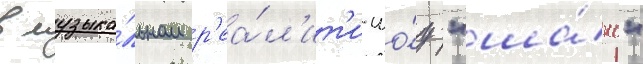
в музыка́льном р'еа́л'ит'и-шо́у "ша́нс"